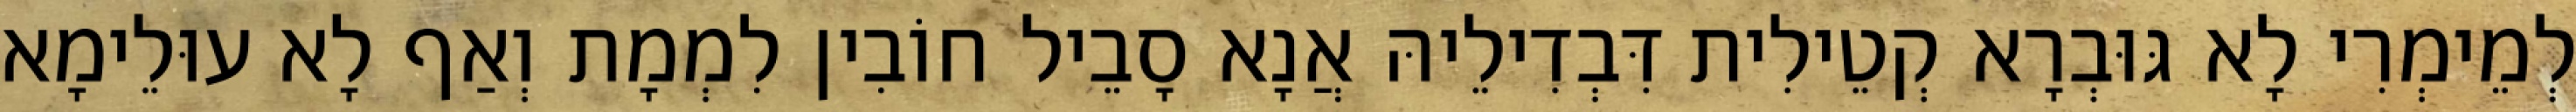
לְמֵימְרִי לָא גּוּבְרָא קְטֵילִית דִּבְדִילֵיהּ אֲנָא סָבֵיל חוֹבִין לִמְמָת וְאַף לָא עוּלֵימָא